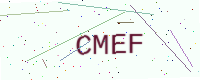
Text: CMEF